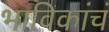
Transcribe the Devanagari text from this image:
भाविकांचं